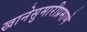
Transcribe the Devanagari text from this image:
खानेसुमारीप्रमाणे